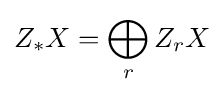
Z_{*}X=\bigoplus _{r}Z_{r}X